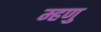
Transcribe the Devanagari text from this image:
म्हणु